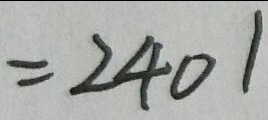
= 2 4 0 1